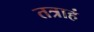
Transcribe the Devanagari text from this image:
तत्राहं